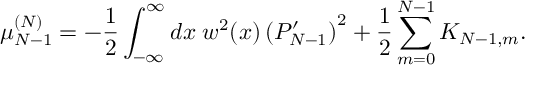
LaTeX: \mu _ { N - 1 } ^ { ( N ) } = - { \frac { 1 } { 2 } } \int _ { - \infty } ^ { \infty } d x \; w ^ { 2 } ( x ) \left( { \cal P } _ { N - 1 } ^ { \prime } \right) ^ { 2 } + { \frac { 1 } { 2 } } \sum _ { m = 0 } ^ { N - 1 } K _ { N - 1 , m } .